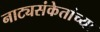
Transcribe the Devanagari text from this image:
नाट्यसंकेतांच्या